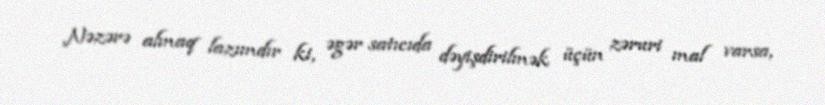
Nəzərə almaq lazımdır ki, əgər satıcıda dəyişdirilmək üçün zəruri mal varsa,